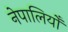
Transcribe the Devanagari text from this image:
नेपालियोँ